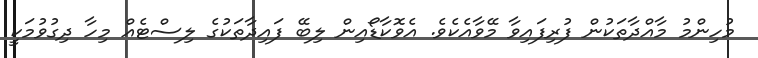
މުހިންމު މާއްދާތަކުން ފުރިފައިވާ މޭވާއެކެވެ. އެވޮކާޑޯއިން ލިބޭ ފައިދާތަކުގެ ލިސްޓެއް މިހާ ދިގުވުމަކީ